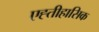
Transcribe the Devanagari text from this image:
एह्तीहासिक